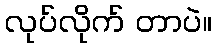
လုပ်လိုက် တာပဲ။